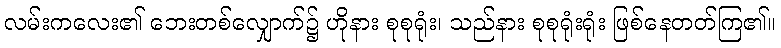
လမ်းကလေး၏ ဘေးတစ်လျှောက်၌ ဟိုနား စုစုရုံး၊ သည်နား စုစုရုံးရုံး ဖြစ်နေတတ်ကြ၏။